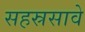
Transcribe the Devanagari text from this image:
सहस्रसावे